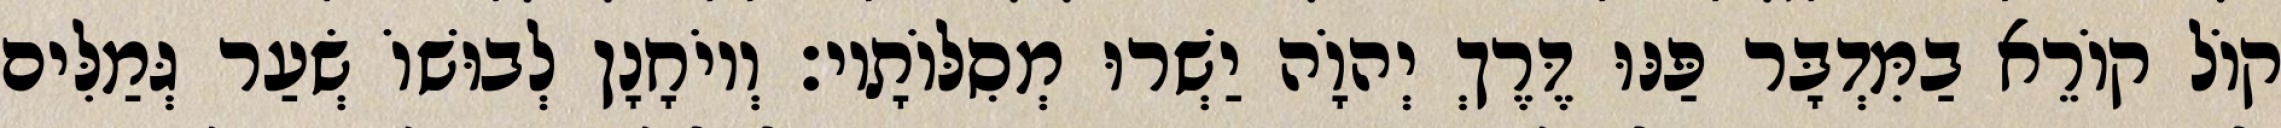
קוֹל קוֹרֵא בַמִּדְבָּר פַּנּוּ דֶּרֶךְ יְהוָֹה יַשְׁרוּ מְסִלּוֹתָיו׃ וְיוֹחָנָן לְבוּשׁוֹ שְׂעַר גְּמַלִּים